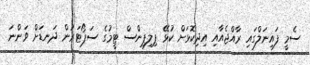
ސެމީ ފައިނަލްގައި ރާއްޖެއާއި އިދިކޮޅަށް ކުޅޭ ޕިލިޕިންސް ޓީމުގެ ސަޕޯޓަރުން ދަނޑަށް ވަންނަ